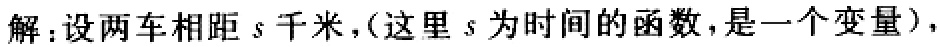
解：设两车相距\(s\)千米，(这里\(s\)为时间的函数，是一个变量)，